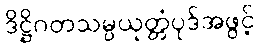
ဒိဋ္ဌိဂတသမ္ပယုတ္တံပုဒ်အဖွင့်